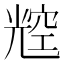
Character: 䆪